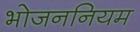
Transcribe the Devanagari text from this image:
भोजननियम